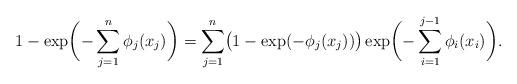
LaTeX: \begin{align*}1-\exp\biggl( -\sum_{j=1}^n \phi_j(x_j) \biggr) =\sum_{j=1}^n\bigl( 1-\exp( -\phi_j(x_j) )\bigr)\exp\biggl( -\sum_{i=1}^{j-1}\phi_i(x_i) \biggr).\end{align*}